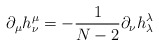
\begin{align*}\partial_\mu h^\mu_\nu = - \frac{1}{N-2} \partial_\nu h^\lambda_\lambda\end{align*}